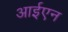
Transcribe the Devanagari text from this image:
आईएन